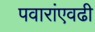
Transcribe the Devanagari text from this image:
पवारांएवढी